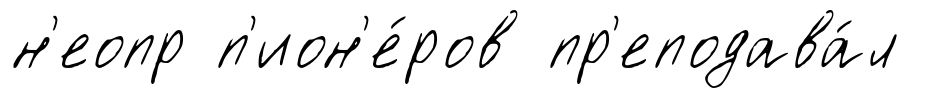
н'еопр п'ион'е́ров пр'еподава́л